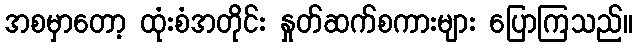
အစမှာတော့ ထုံးစံအတိုင်း နှုတ်ဆက်စကားများ ပြောကြသည်။